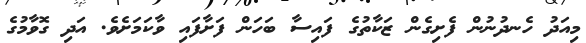
މިއަދު ހެނދުނުން ފެށިގެން ޒަކާތުގެ ފައިސާ ބަހަން ފަށާފައި ވާކަމަށެވެ. އަދި ގޮވާމުގެ